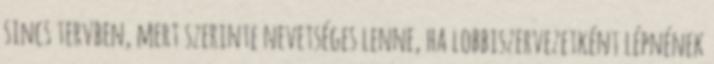
sincs tervben, mert szerinte nevetséges lenne, ha lobbiszervezetként lépnének